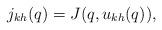
LaTeX: \begin{align*}j_{kh}(q) = J(q,u_{kh}(q)),\end{align*}